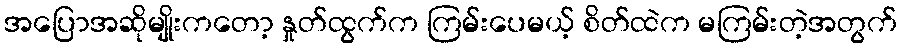
အပြောအဆိုမျိုးကတော့ နှုတ်ထွက်က ကြမ်းပေမယ့် စိတ်ထဲက မကြမ်းတဲ့အတွက်